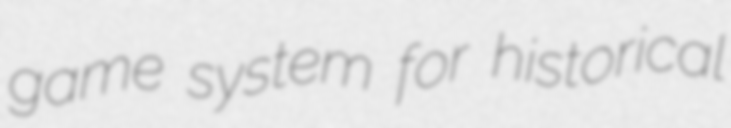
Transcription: game system for historical